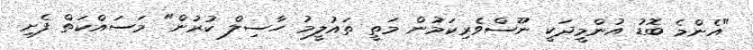
"އެންމެ ބޮޑު އުންމީދަކީ ނޫސްވެރިކަމުން މަތީ ތައުލީމު ހާސިލް ކުރުން" މަސައްކަތް ފެށި